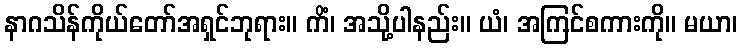
နာဂသိန်ကိုယ်တော်အရှင်ဘုရား။ ကိံ၊ အသို့ပါနည်း။ ယံ၊ အကြင်စကားကို။ မယာ၊